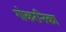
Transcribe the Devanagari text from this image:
गोकरनिका